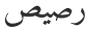
رصيص